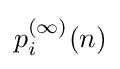
p_{i}^{(\infty )}(n)